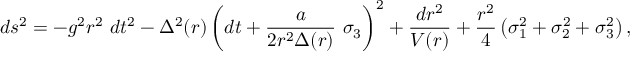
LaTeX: d s ^ { 2 } = - g ^ { 2 } r ^ { 2 } \ d t ^ { 2 } - \Delta ^ { 2 } ( r ) \left( d t + \frac { a } { 2 r ^ { 2 } \Delta ( r ) } \ \sigma _ { 3 } \right) ^ { 2 } + \frac { d r ^ { 2 } } { V ( r ) } + \frac { r ^ { 2 } } { 4 } \left( \sigma _ { 1 } ^ { 2 } + \sigma _ { 2 } ^ { 2 } + \sigma _ { 3 } ^ { 2 } \right) ,